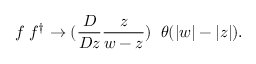
f \; f ^ { \dagger } \rightarrow ( \frac { { \cal D } } { { \cal D } z } \frac z { w - z } ) \; \; \theta ( | w | - | z | ) .